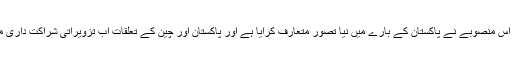
احسن اقبال نے کہا کہ اس منصوبے نے پاکستان کے بارے میں نیا تصور متعارف کرایا ہے اور پاکستان اور چین کے تعلقات اب تزویراتی شراکت داری میں تبدیل ہو گئے ہیں ۔